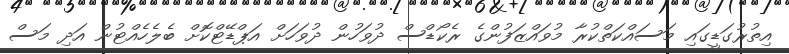
އިތުރުގަޑީގައި މަސައްކަތްކުރާ މުވައްޒަފުންގެ ރެކޯޑްސް ދުވަހުން ދުވަހަށް އަޕްޑޭޓްކޮށް ބެލެހެއްޓުން އަދި މަސް